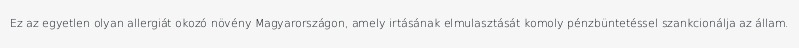
Ez az egyetlen olyan allergiát okozó növény Magyarországon, amely irtásának elmulasztását komoly pénzbüntetéssel szankcionálja az állam.